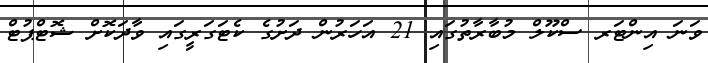
ވަނަ އިންޓަރ ސްކޫލް މުބާރާތުގައި 21 އަހަރުން ދަށުގެ ކެޓަގަރީގައި ވާދަކޮށް ޝޮޓްޕުޓް